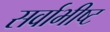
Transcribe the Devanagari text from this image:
सर्वाभीष्ट